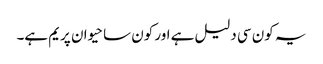
یہ کون سی دلیل ہے اور کون سا حیوان پریم ہے۔